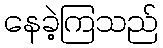
နေခဲ့ကြသည်